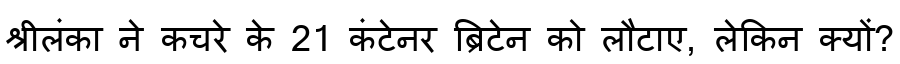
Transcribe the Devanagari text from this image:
श्रीलंका ने कचरे के 21 कंटेनर ब्रिटेन को लौटाए, लेकिन क्यों?